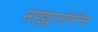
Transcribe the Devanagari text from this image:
नाइट्रासेमीन्स